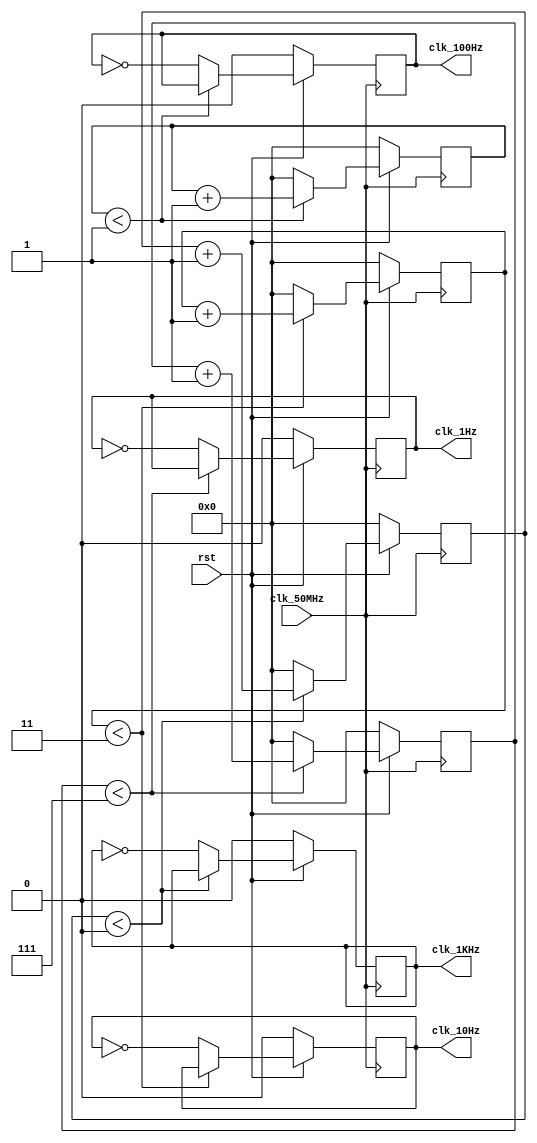
module frequency_divider(clk_50MHz,rst,clk_1KHz,clk_100Hz,clk_10Hz,clk_1Hz);
	input clk_50MHz,rst;
	output reg clk_1KHz,clk_100Hz,clk_10Hz,clk_1Hz;
	reg [31:0]cnt_1KHz,cnt_100Hz,cnt_10Hz,cnt_1Hz;
	//parameter N_1=50000000;parameter N_10=50000000;parameter N_100=50000000;parameter N_1000=50000000;
	parameter N_1=16;parameter N_10=80;parameter N_100=400;parameter N_1000=2000;
	always @ (posedge clk_50MHz)
		begin
			if (!rst) 
				begin
				clk_1KHz<=1'b0;
				clk_100Hz<=1'b0;
				clk_10Hz<=1'b0;
				clk_1Hz<=1'b0;
				cnt_1KHz<=1'b0;
				cnt_100Hz<=1'b0;
				cnt_10Hz<=1'b0;
				cnt_1Hz<=1'b0;
				end
			else
			begin
				begin
					if (cnt_1KHz < N_1000/1000/2-1) cnt_1KHz<=cnt_1KHz+1;
					else
						begin	
							cnt_1KHz<=1'b0;
							clk_1KHz<=~clk_1KHz;
						end
				end
						
				begin
					if (cnt_100Hz < N_100/100/2-1) cnt_100Hz<=cnt_100Hz+1'b1;
					else
						begin	
							cnt_100Hz<=1'b0;
							clk_100Hz<=~clk_100Hz;
						end
				end

				begin
					if (cnt_10Hz < N_10/10/2-1) cnt_10Hz<=cnt_10Hz+1'b1;
					else
						begin	
							cnt_10Hz<=1'b0;
							clk_10Hz<=~clk_10Hz;
						end
				end

				begin
					if (cnt_1Hz < N_1/2-1) cnt_1Hz<=cnt_1Hz+1'b1;
					else
						begin	
							cnt_1Hz<=1'b0;
							clk_1Hz<=~clk_1Hz;
						end
				end
			end
		end
endmodule